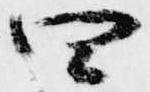
四